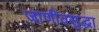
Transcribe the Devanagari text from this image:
जाणीवसुद्धा